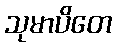
သုမာပိတေ